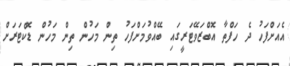
އެއަށްފަހު ދެ ހަފްތާ އޮބްޒަވޭޓަރީގައި ބޭއްވުމަށްފަހު ތިން މަހުން ތިން މަހުން ޑޮކްޓަރަށް